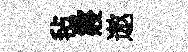
毡寢遨